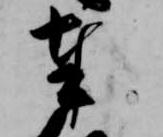
奉